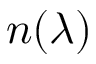
n ( \lambda )